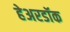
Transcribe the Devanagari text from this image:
हेअरडॉक